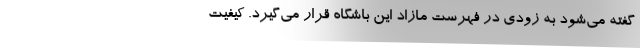
گفته می‌شود به زودی در فهرست مازاد این باشگاه قرار می‌گیرد. کیفیت